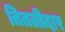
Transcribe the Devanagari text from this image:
तितलीदार